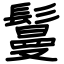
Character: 鬘